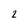
Character: 2